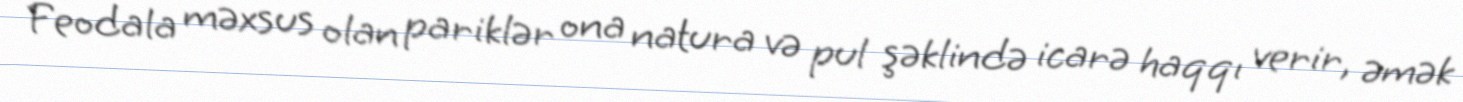
Feodala məxsus olan pariklər ona natura və pul şəklində icarə haqqı verir, əmək